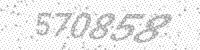
Solution: 570858